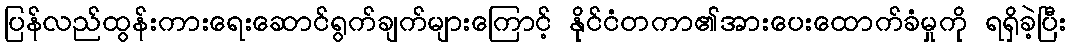
ပြန်လည်ထွန်းကားရေးဆောင်ရွက်ချက်များကြောင့် နိုင်ငံတကာ၏အားပေးထောက်ခံမှုကို ရရှိခဲ့ပြီး